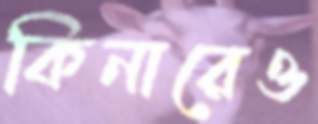
কিনারেও